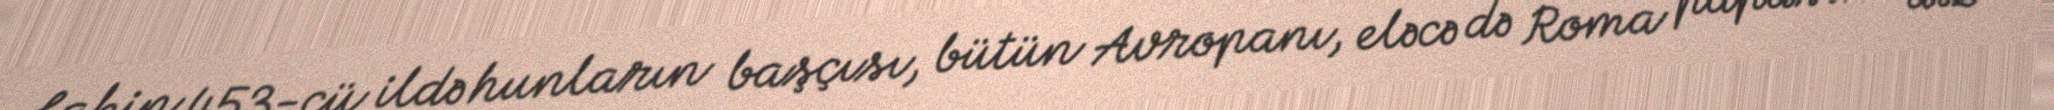
Lakin 453-cü ildə hunların başçısı, bütün Avropanı, eləcə də Roma papasını diz